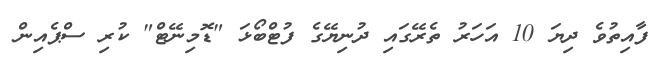
ފާއިތުވެ ދިޔަ 10 އަހަރު ތެރޭގައި ދުނިޔޭގެ ފުޓްބޯޅަ "ޑޮމިނޭޓް" ކުރި ސްޕެއިން